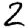
Digit: 2